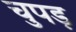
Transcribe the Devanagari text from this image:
चुपड़